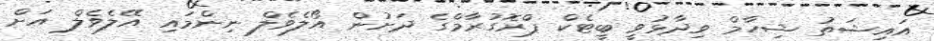
އައިޝަތު ޝިހާމް ވިދާޅުވީ ބީޓެކް ޕްރޮގުރާމްގެ ދަށުން އޯލެވެލް ނިންމައި އޭލެވެލް އަށް